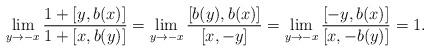
LaTeX: \begin{align*} \lim_{y\rightarrow-x}\frac{1+[y,b(x)]}{1+[x,b(y)]} = \lim_{y\rightarrow-x}\frac{[b(y),b(x)]}{[x,-y]} = \lim_{y\rightarrow-x}\frac{[-y,b(x)]}{[x,-b(y)]} = 1.\end{align*}